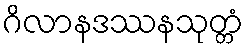
ဂိလာနဒဿနသုတ္တံ